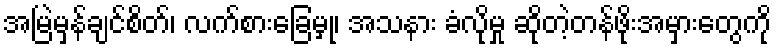
အမြဲမှန်ချင်စိတ်၊ လက်စားခြေမှု၊ အသနား ခံလိုမှု ဆိုတဲ့တန်ဖိုးအမှားတွေကို